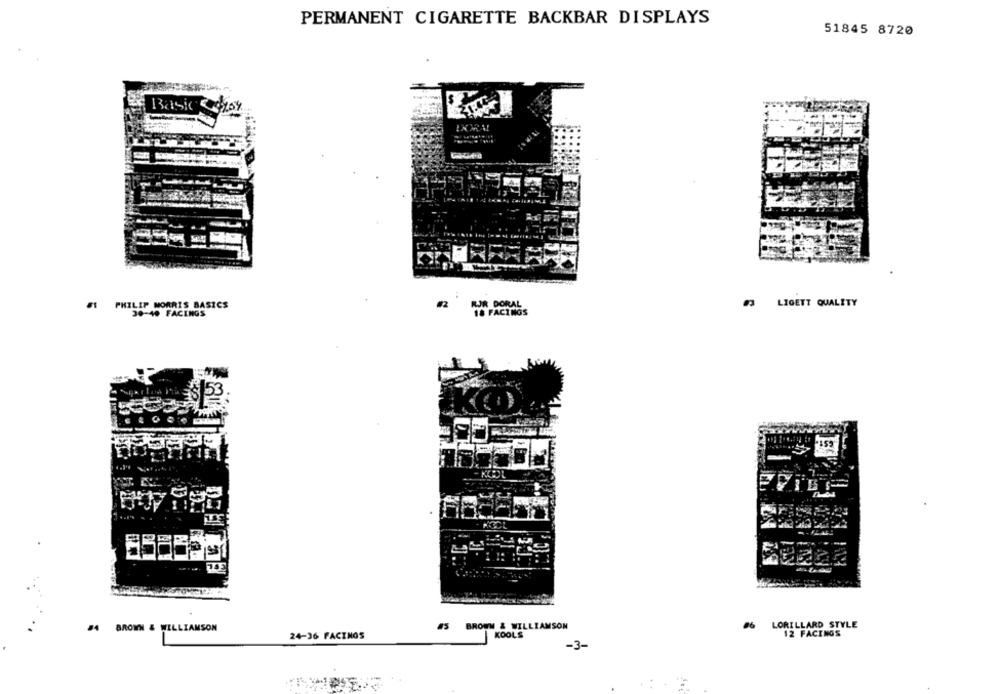
PERMANENT CIGARETTE BACKBAR DISPLAYS
51845 8720
$ 3
PHILIP MORRIS BASICS
#2
RJR DORAL
#3 LIGETT QUALITY
30-40 FACINGS
18 FACINGS
BROWN & WILLIAMSON
LORILLARD STYLE
BROWN & WILLIAMSON
12 FACINGS
24-36 FACINGS
KOOLS
-3-